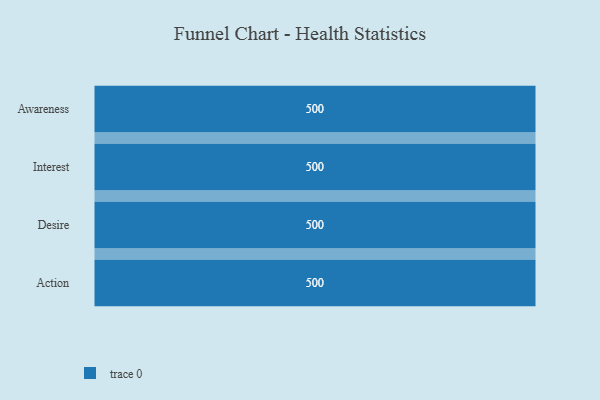
{"axis": {"x": "Stage", "y": "Value"}, "legend": [""], "data": [{"x": "Awareness", "y": 500, "type": ""}, {"x": "Interest", "y": 500, "type": ""}, {"x": "Desire", "y": 500, "type": ""}, {"x": "Action", "y": 500, "type": ""}]}